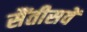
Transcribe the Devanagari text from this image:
सैंतीसवें